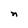
Character: n